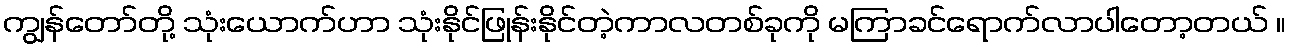
ကျွန်တော်တို့ သုံးယောက်ဟာ သုံးနိုင်ဖြုန်းနိုင်တဲ့ကာလတစ်ခုကို မကြာခင်ရောက်လာပါတော့တယ် ။